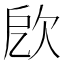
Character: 𣢛